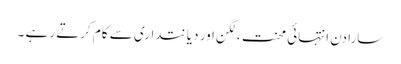
سارا دن انتہائی محنت ،لگن اور دیانتداری سے کام کرتے رہے ۔